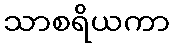
သာစရိယကာ